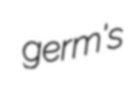
germ's